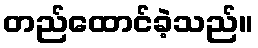
တည်ထောင်ခဲ့သည်။